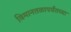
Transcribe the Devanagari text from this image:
विमानतळापर्यंतच्या